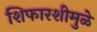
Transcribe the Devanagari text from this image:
शिफारशीमुळे